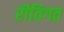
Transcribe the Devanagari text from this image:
रीतिगत